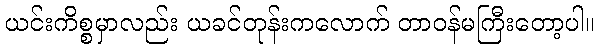
ယင်းကိစ္စမှာလည်း ယခင်တုန်းကလောက် တာဝန်မကြီးတော့ပါ။